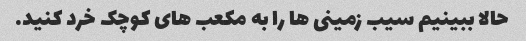
حالا ببینیم سیب زمینی ها را به مکعب های کوچک خرد کنید.